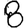
Digit: 8